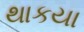
થાકયા